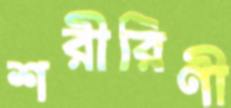
শরীরিণী